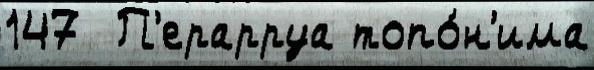
147  П'ерарруа топо́н'има